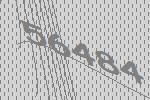
56484